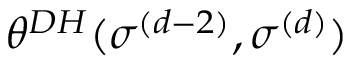
\theta ^ { D H } ( \sigma ^ { ( d - 2 ) } , \sigma ^ { ( d ) } )